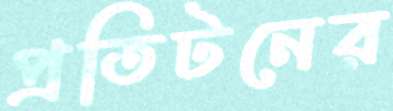
প্রতিটনের